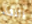
اللقاء